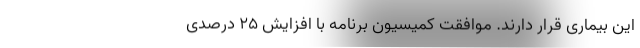
این بیماری قرار دارند. موافقت کمیسیون‌ برنامه با افزایش ۲۵ درصدی